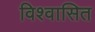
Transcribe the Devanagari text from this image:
विश्वासित